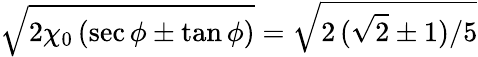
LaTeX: \sqrt{2\chi_{0}\, (\sec\phi\pm\tan\phi)}=\sqrt{2\, (\sqrt{2}\pm 1)/5}